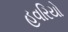
હવરિયો